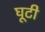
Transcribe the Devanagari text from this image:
घूटी